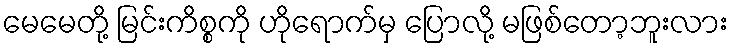
မေမေတို့ မြင်းကိစ္စကို ဟိုရောက်မှ ပြောလို့ မဖြစ်တော့ဘူးလား